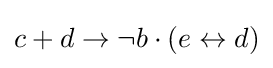
{\textstyle c+d\rightarrow \neg b\cdot (e\leftrightarrow d)}